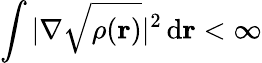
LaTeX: \int|\nabla\sqrt{\rho(\mathbf{r})}|^{2}\, \mathrm{d}\mathbf{r}<\infty